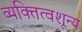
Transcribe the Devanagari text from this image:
व्यक्तित्वशून्य